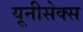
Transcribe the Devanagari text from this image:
यूनीसेक्स